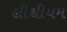
લીથીયમ